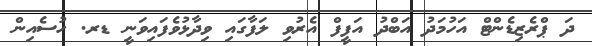
ދަ ޕްރެޒިޑެންޓް އަހުމަދު އަބްދު އަފީފް އެރުވި ލަފާގައި ވިދާޅުވެފައިވަނީ ޑރ. ހުސެއިން